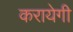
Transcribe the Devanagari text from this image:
करायेगी